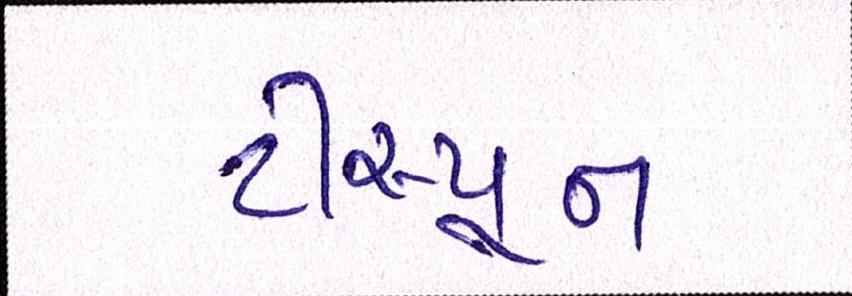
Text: ટીસ્પૂન